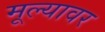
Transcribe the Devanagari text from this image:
मूल्यावर